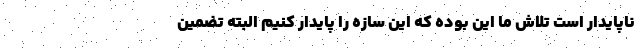
ناپایدار است تلاش ما این بوده که این سازه را پایدار کنیم البته تضمین